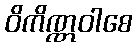
ဝိကိဏ္ဏဝါစေ